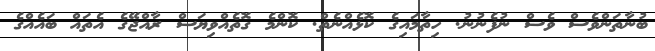
ބުނާތަންވެސް ވެސް ނުފެނުނު. ހިތާމައިގެ ކޮޅެއްނެތް. ކޮންމެ ގޮތެއްވިޔަސް ރާއްޖޭގެ އެތައް ބައެއްގެ